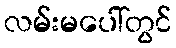
လမ်းမပေါ်တွင်